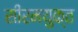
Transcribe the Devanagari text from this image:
सीरमयुक्त